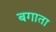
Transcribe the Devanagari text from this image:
बगाता